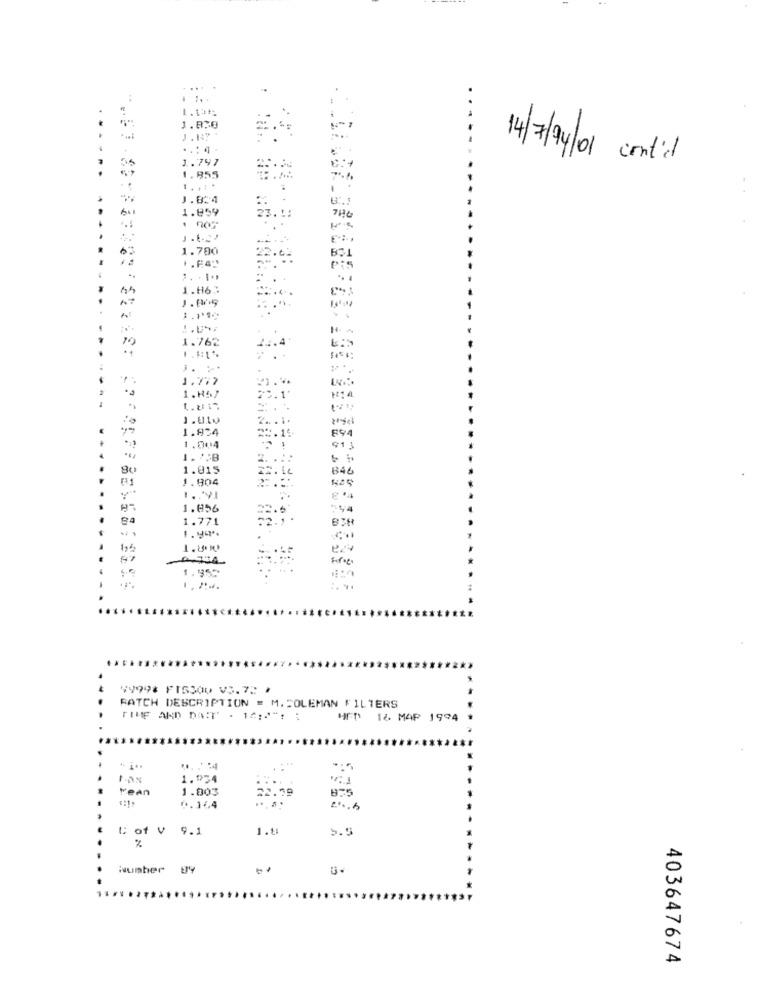
1.13
1.830
J . 147.
..: 4 .
1.797
1.855
14/7/94/01 cont'd
1. .: *
.
J.834
1.859
€: ,
1.780
..
..
-
3.11₾
. .
10
1.762
.. 4
1.777
1.H57
L.U1
1.U10
1.824
894
1.004
91 1
1. ';B
1.015
B46
1.904
1.856
ga
1.771
175
1.800
67
-ASSA
1.959
49998 FISSOV VS.7 :: /
PATCH DESCRIPTION = M.COLEMAN FILTERS
TIME AND DAIT - 14:2": :
HET 14. MAP 1994
...: 4
1.934
rean
1.803
0.164
C of V 9.1
1."
5.5
%
Number By
403647674